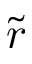
\tilde { r }